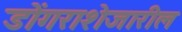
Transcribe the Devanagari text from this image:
डोंगराशेजारील